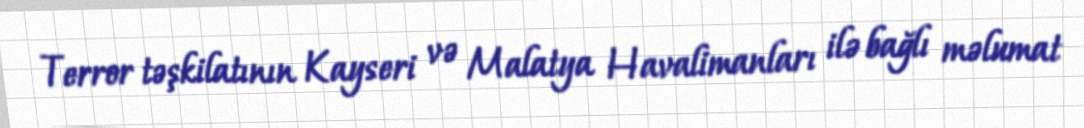
Terror təşkilatının Kayseri və Malatya Havalimanları ilə bağlı məlumat